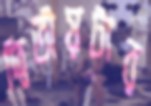
দ্বিতীয়টার